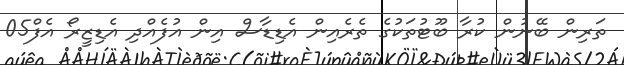
ތަރިން ބޭނުން ކުރާ ބޫޓުތަކުގެ ތެރެއިން އެޑިޑާސް އިން އުފެއްދި އެޑިޒީރޯ އެފް05